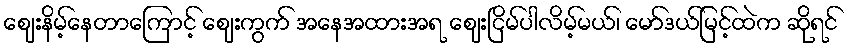
ဈေးနိမ့်နေတာကြောင့် ဈေးကွက် အနေအထားအရ ဈေးငြိမ်ပါလိမ့်မယ်၊ မော်ဒယ်မြင့်ထဲက ဆိုရင်